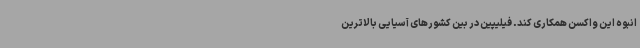
انبوه این واکسن همکاری کند. فیلیپین در بین کشورهای آسیایی بالاترین